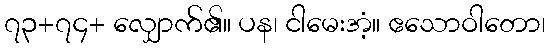
၇၃+၇၄+ လျှောက်၏။ ပန၊ ငါမေးအံ့။ ဧသောဝါတော၊